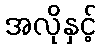
အလိုနှင့်